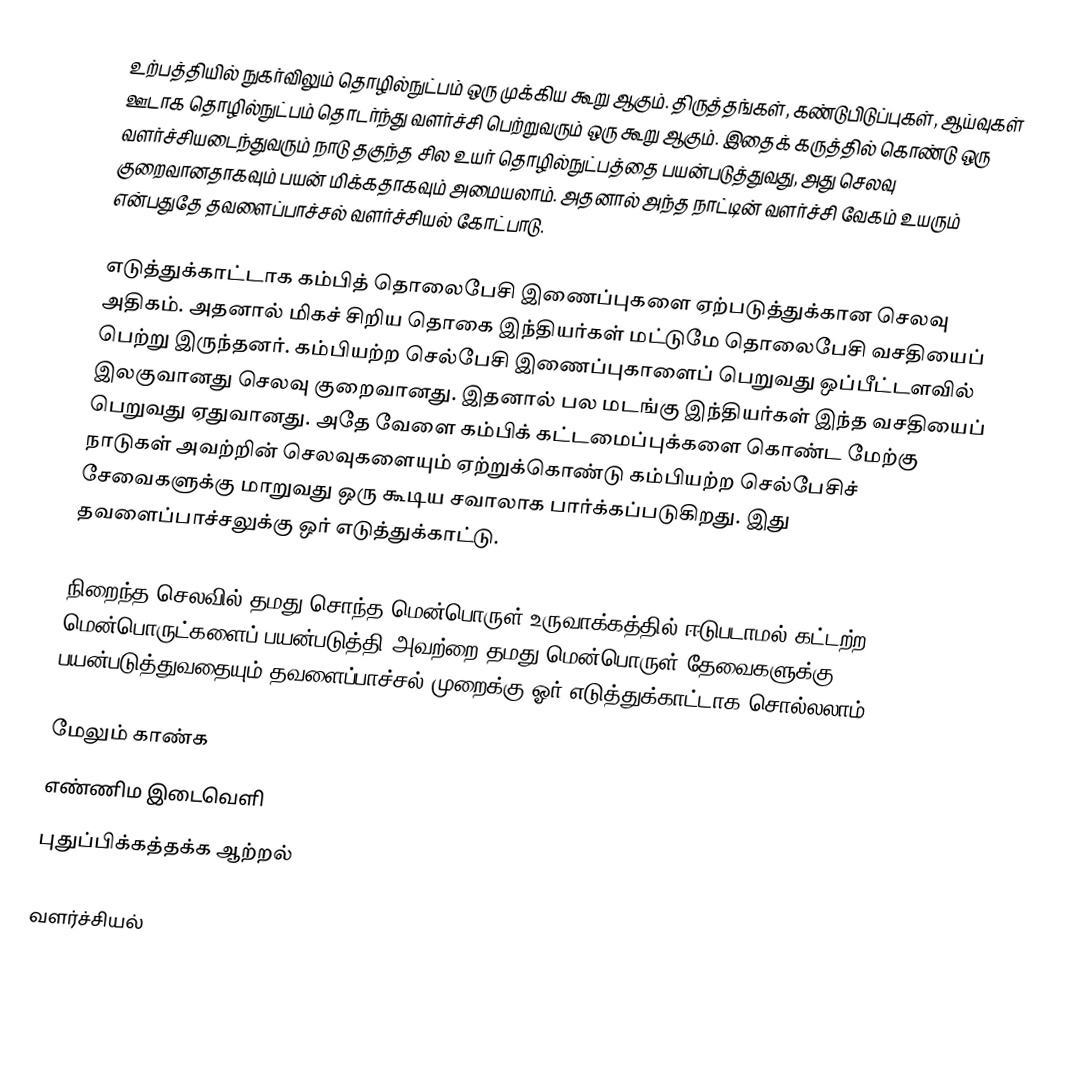
உற்பத்தியில் நுகர்விலும் தொழில்நுட்பம் ஒரு முக்கிய கூறு ஆகும்.  திருத்தங்கள், கண்டுபிடுப்புகள், ஆய்வுகள் ஊடாக தொழில்நுட்பம் தொடர்ந்து வளர்ச்சி பெற்றுவரும் ஒரு கூறு ஆகும். இதைக் கருத்தில் கொண்டு ஒரு வளர்ச்சியடைந்துவரும் நாடு தகுந்த சில உயர் தொழில்நுட்பத்தை பயன்படுத்துவது, அது செலவு குறைவானதாகவும் பயன் மிக்கதாகவும் அமையலாம். அதனால் அந்த நாட்டின் வளர்ச்சி வேகம் உயரும் என்பதுதே தவளைப்பாச்சல் வளர்ச்சியல் கோட்பாடு.

எடுத்துக்காட்டாக கம்பித் தொலைபேசி இணைப்புகளை ஏற்படுத்துக்கான செலவு அதிகம். அதனால் மிகச் சிறிய தொகை இந்தியர்கள் மட்டுமே தொலைபேசி வசதியைப் பெற்று இருந்தனர். கம்பியற்ற செல்பேசி இணைப்புகாளைப் பெறுவது ஒப்பீட்டளவில் இலகுவானது செலவு குறைவானது. இதனால் பல மடங்கு இந்தியர்கள் இந்த வசதியைப் பெறுவது ஏதுவானது. அதே வேளை கம்பிக் கட்டமைப்புக்களை கொண்ட மேற்கு நாடுகள் அவற்றின் செலவுகளையும் ஏற்றுக்கொண்டு கம்பியற்ற செல்பேசிச் சேவைகளுக்கு மாறுவது ஒரு கூடிய சவாலாக பார்க்கப்படுகிறது. இது தவளைப்பாச்சலுக்கு ஒர் எடுத்துக்காட்டு.

நிறைந்த செலவில் தமது சொந்த மென்பொருள் உருவாக்கத்தில் ஈடுபடாமல் கட்டற்ற மென்பொருட்களைப் பயன்படுத்தி அவற்றை தமது மென்பொருள் தேவைகளுக்கு பயன்படுத்துவதையும் தவளைப்பாச்சல் முறைக்கு ஓர் எடுத்துக்காட்டாக சொல்லலாம்.

மேலும் காண்க
 எண்ணிம இடைவெளி
 புதுப்பிக்கத்தக்க ஆற்றல்

வளர்ச்சியல்